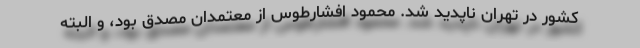
کشور در تهران ناپدید شد. محمود افشارطوس از معتمدان مصدق بود، و البته